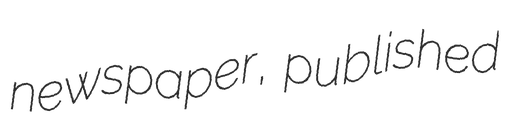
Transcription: newspaper, published